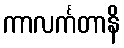
ကာလင်္ကတာနိ